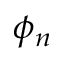
\phi _ { n }